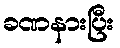
ခဏနားပြီး